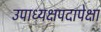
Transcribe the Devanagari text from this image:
उपाध्यक्षपदापेक्षा